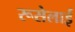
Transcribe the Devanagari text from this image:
रूसेलाई